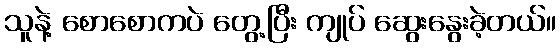
သူနဲ့ စောစောကပဲ တွေ့ပြီး ကျုပ် ဆွေးနွေးခဲ့တယ်။